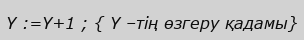
Y :=Y+1 ; { Y –тің өзгеру қадамы}